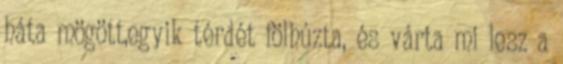
háta mögött,egyik térdét fölhúzta, és várta mi lesz a